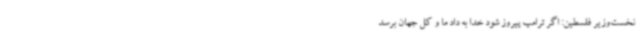
نخست‌وزیر فلسطین: اگر ترامپ پیروز شود خدا به داد ما و کل جهان برسد